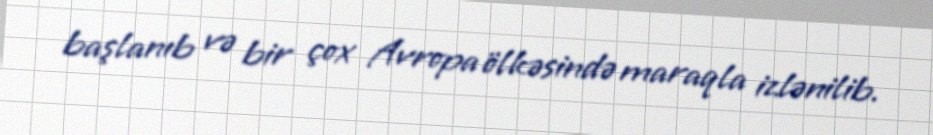
başlanıb və bir çox Avropa ölkəsində maraqla izlənilib.